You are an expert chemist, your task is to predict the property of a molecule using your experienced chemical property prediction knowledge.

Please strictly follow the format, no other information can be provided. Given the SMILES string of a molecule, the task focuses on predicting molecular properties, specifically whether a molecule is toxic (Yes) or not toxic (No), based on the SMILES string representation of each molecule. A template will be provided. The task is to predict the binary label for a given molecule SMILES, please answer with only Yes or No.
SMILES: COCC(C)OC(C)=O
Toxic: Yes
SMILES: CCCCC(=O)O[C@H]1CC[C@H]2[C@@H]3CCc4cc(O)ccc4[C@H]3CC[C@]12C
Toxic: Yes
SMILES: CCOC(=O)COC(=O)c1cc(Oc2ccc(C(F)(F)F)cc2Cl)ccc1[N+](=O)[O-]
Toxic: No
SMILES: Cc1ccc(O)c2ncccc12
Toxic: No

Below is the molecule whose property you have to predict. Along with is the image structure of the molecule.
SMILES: O=NN([O-])c1ccccc1
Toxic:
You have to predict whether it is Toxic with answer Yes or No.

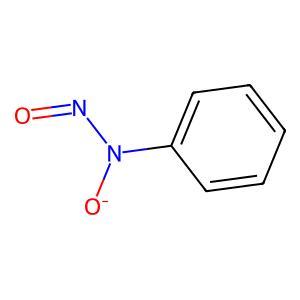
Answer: No